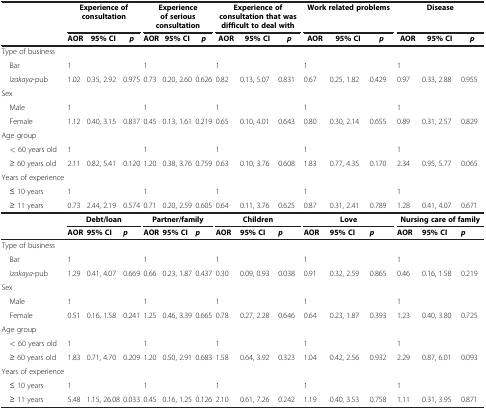
<table><thead><tr><td rowspan="2"><b> </b></td><td colspan="3"><b>Experience of consultation</b></td><td colspan="3"><b>Experience of serious consultation</b></td><td colspan="3"><b>Experience of consultation that was difficult to deal with</b></td><td colspan="3"><b>Work related problems</b></td><td colspan="3"><b>Disease</b></td></tr><tr><td><b>AOR</b></td><td><b>95% CI</b></td><td><b><i>p</i></b></td><td><b>AOR</b></td><td><b>95% CI</b></td><td><b><i>p</i></b></td><td><b>AOR</b></td><td><b>95% CI</b></td><td><b><i>p</i></b></td><td><b>AOR</b></td><td><b>95% CI</b></td><td><b><i>p</i></b></td><td><b>AOR</b></td><td><b>95% CI</b></td><td><b><i>p</i></b></td></tr></thead><tbody><tr><td>Type of business</td><td> </td><td> </td><td> </td><td> </td><td> </td><td> </td><td> </td><td> </td><td> </td><td> </td><td> </td><td> </td><td> </td><td> </td><td> </td></tr><tr><td> Bar</td><td>1</td><td> </td><td> </td><td>1</td><td> </td><td> </td><td>1</td><td> </td><td> </td><td>1</td><td> </td><td> </td><td>1</td><td> </td><td> </td></tr><tr><td> <i>Izakaya</i>-pub</td><td>1.02</td><td>0.35, 2.92</td><td>0.975</td><td>0.73</td><td>0.20, 2.60</td><td>0.626</td><td>0.82</td><td>0.13, 5.07</td><td>0.831</td><td>0.67</td><td>0.25, 1.82</td><td>0.429</td><td>0.97</td><td>0.33, 2.88</td><td>0.955</td></tr><tr><td>Sex</td><td> </td><td> </td><td> </td><td> </td><td> </td><td> </td><td> </td><td> </td><td> </td><td> </td><td> </td><td> </td><td> </td><td> </td><td> </td></tr><tr><td> Male</td><td>1</td><td> </td><td> </td><td>1</td><td> </td><td> </td><td>1</td><td> </td><td> </td><td>1</td><td> </td><td> </td><td>1</td><td> </td><td> </td></tr><tr><td> Female</td><td>1.12</td><td>0.40, 3.15</td><td>0.837</td><td>0.45</td><td>0.13, 1.61</td><td>0.219</td><td>0.65</td><td>0.10, 4.01</td><td>0.643</td><td>0.80</td><td>0.30, 2.14</td><td>0.655</td><td>0.89</td><td>0.31, 2.57</td><td>0.829</td></tr><tr><td>Age group</td><td> </td><td> </td><td> </td><td> </td><td> </td><td> </td><td> </td><td> </td><td> </td><td> </td><td> </td><td> </td><td> </td><td> </td><td> </td></tr><tr><td> &lt; 60 years old</td><td>1</td><td> </td><td> </td><td>1</td><td> </td><td> </td><td>1</td><td> </td><td> </td><td>1</td><td> </td><td> </td><td>1</td><td> </td><td> </td></tr><tr><td> ≥ 60 years old</td><td>2.11</td><td>0.82, 5.41</td><td>0.120</td><td>1.20</td><td>0.38, 3.76</td><td>0.759</td><td>0.63</td><td>0.10, 3.76</td><td>0.608</td><td>1.83</td><td>0.77, 4.35</td><td>0.170</td><td>2.34</td><td>0.95, 5.77</td><td>0.065</td></tr><tr><td>Years of experience</td><td> </td><td> </td><td> </td><td> </td><td> </td><td> </td><td> </td><td> </td><td> </td><td> </td><td> </td><td> </td><td> </td><td> </td><td> </td></tr><tr><td> ≤ 10 years</td><td>1</td><td> </td><td> </td><td>1</td><td> </td><td> </td><td>1</td><td> </td><td> </td><td>1</td><td> </td><td> </td><td>1</td><td> </td><td> </td></tr><tr><td> ≥ 11 years</td><td>0.73</td><td>2.44, 2.19</td><td>0.574</td><td>0.71</td><td>0.20, 2.59</td><td>0.605</td><td>0.64</td><td>0.11, 3.76</td><td>0.625</td><td>0.87</td><td>0.31, 2.41</td><td>0.789</td><td>1.28</td><td>0.41, 4.07</td><td>0.671</td></tr><tr><td rowspan="2"> </td><td colspan="3"><b>Debt/loan</b></td><td colspan="3"><b>Partner/family</b></td><td colspan="3"><b>Children</b></td><td colspan="3"><b>Love</b></td><td colspan="3"><b>Nursing care of family</b></td></tr><tr><td><b>AOR</b></td><td><b>95% CI</b></td><td><b><i>p</i></b></td><td><b>AOR</b></td><td><b>95% CI</b></td><td><b><i>p</i></b></td><td><b>AOR</b></td><td><b>95% CI</b></td><td><b><i>p</i></b></td><td><b>AOR</b></td><td><b>95% CI</b></td><td><b><i>p</i></b></td><td><b>AOR</b></td><td><b>95% CI</b></td><td><b><i>p</i></b></td></tr><tr><td>Type of business</td><td> </td><td> </td><td> </td><td> </td><td> </td><td> </td><td> </td><td> </td><td> </td><td> </td><td> </td><td> </td><td> </td><td> </td><td> </td></tr><tr><td> Bar</td><td>1</td><td> </td><td> </td><td>1</td><td> </td><td> </td><td>1</td><td> </td><td> </td><td>1</td><td> </td><td> </td><td>1</td><td> </td><td> </td></tr><tr><td> <i>Izakaya</i>-pub</td><td>1.29</td><td>0.41, 4.07</td><td>0.669</td><td>0.66</td><td>0.23, 1.87</td><td>0.437</td><td>0.30</td><td>0.09, 0.93</td><td>0.038</td><td>0.91</td><td>0.32, 2.59</td><td>0.865</td><td>0.46</td><td>0.16, 1.58</td><td>0.219</td></tr><tr><td>Sex</td><td> </td><td> </td><td> </td><td> </td><td> </td><td> </td><td> </td><td> </td><td> </td><td> </td><td> </td><td> </td><td> </td><td> </td><td> </td></tr><tr><td> Male</td><td>1</td><td> </td><td> </td><td>1</td><td> </td><td> </td><td>1</td><td> </td><td> </td><td>1</td><td> </td><td> </td><td>1</td><td> </td><td> </td></tr><tr><td> Female</td><td>0.51</td><td>0.16, 1.58</td><td>0.241</td><td>1.25</td><td>0.46, 3.39</td><td>0.665</td><td>0.78</td><td>0.27, 2.28</td><td>0.646</td><td>0.64</td><td>0.23, 1.87</td><td>0.393</td><td>1.23</td><td>0.40, 3.80</td><td>0.725</td></tr><tr><td>Age group</td><td> </td><td> </td><td> </td><td> </td><td> </td><td> </td><td> </td><td> </td><td> </td><td> </td><td> </td><td> </td><td> </td><td> </td><td> </td></tr><tr><td> &lt; 60 years old</td><td>1</td><td> </td><td> </td><td>1</td><td> </td><td> </td><td>1</td><td> </td><td> </td><td>1</td><td> </td><td> </td><td>1</td><td> </td><td> </td></tr><tr><td> ≥ 60 years old</td><td>1.83</td><td>0.71, 4.70</td><td>0.209</td><td>1.20</td><td>0.50, 2.91</td><td>0.683</td><td>1.58</td><td>0.64, 3.92</td><td>0.323</td><td>1.04</td><td>0.42, 2.56</td><td>0.932</td><td>2.29</td><td>0.87, 6.01</td><td>0.093</td></tr><tr><td>Years of experience</td><td> </td><td> </td><td> </td><td> </td><td> </td><td> </td><td> </td><td> </td><td> </td><td> </td><td> </td><td> </td><td> </td><td> </td><td> </td></tr><tr><td> ≤ 10 years</td><td>1</td><td> </td><td> </td><td>1</td><td> </td><td> </td><td>1</td><td> </td><td> </td><td>1</td><td> </td><td> </td><td>1</td><td> </td><td> </td></tr><tr><td> ≥ 11 years</td><td>5.48</td><td>1.15, 26.08</td><td>0.033</td><td>0.45</td><td>0.16, 1.25</td><td>0.126</td><td>2.10</td><td>0.61, 7.26</td><td>0.242</td><td>1.19</td><td>0.40, 3.53</td><td>0.758</td><td>1.11</td><td>0.31, 3.95</td><td>0.871</td></tr></tbody></table>